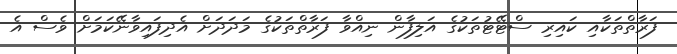
ފަރާތްތަކާއި ކައިރި ސްޓޭޓުތަކުގެ އަލިފާން ނިއްވާ ފަރާތްތަކުގެ މަދަދަށް އެދިފައިވާނޭކަމަށް ވެސް އެ